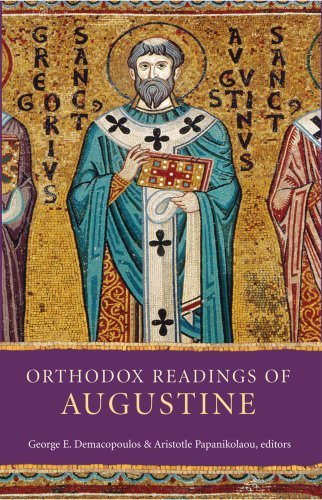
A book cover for Orthodox Readings of Augustine; George E. Demacopoulos; Christian Books & Bibles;